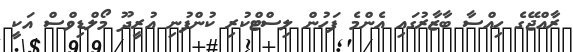
ރާއްޖޭގެ ހިއްސާ ބާޒާރުގައި އެންމެ ފަހުން ލިސްޓްކުރި ކުންފުނި އުރީދޫ މޯލްޑިވްސް އަކީ